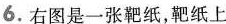
6.右图是一张靶纸，靶纸上